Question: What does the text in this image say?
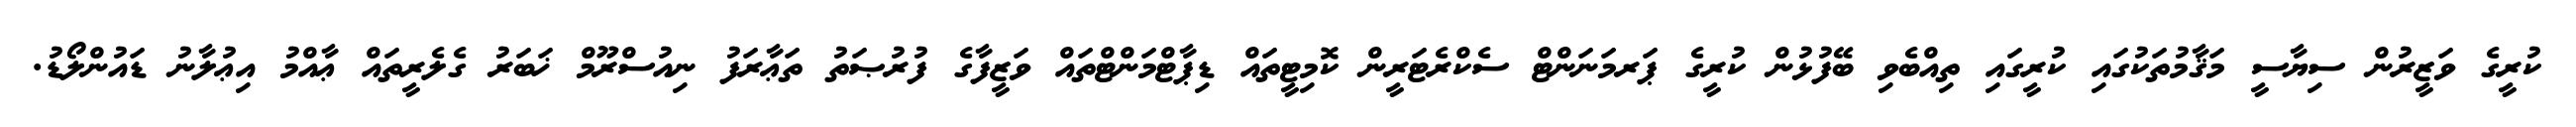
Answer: ކުރީގެ ވަޒީރުން ސިޔާސީ މަޤާމުތަކުގައި ކުރީގައި ތިއްބެވި ބޭފުޅުން ކުރީގެ ޕަރމަނަންޓް ސެކްރެޓަރީން ކޮމިޓީތައް ޑިޕާޓްމަންޓްތައް ވަޒީފާގެ ފުރުޞަތު ތަޢާރަފު ނިއުސްރޫމް ޚަބަރު ގެލެރީތައް ޢާއްމު އިޢުލާނު ޑައުންލޯޑު.